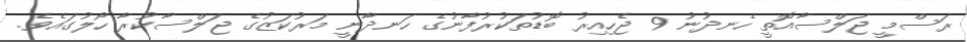
ރަސްމީ ޖަލްސާއޮތީ ހެނދުނު 9 ޖެހިއިރު ބޮޑުތަކުރުފާނުގެ ހަނދާނީ މަރުކަޒުގެ ޖަލްސާކުރާ ހޯލުގައެވެ.